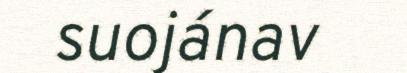
suojánav